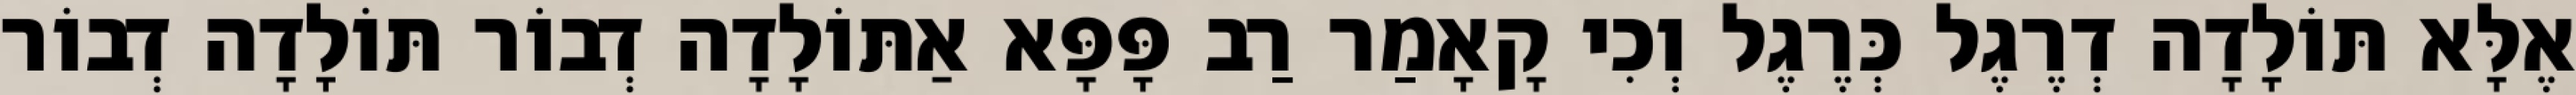
אֶלָּא תּוֹלָדָה דְרֶגֶל כְּרֶגֶל וְכִי קָאָמַר רַב פָּפָּא אַתּוֹלָדָה דְבוֹר תּוֹלָדָה דְבוֹר